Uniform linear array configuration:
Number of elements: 64
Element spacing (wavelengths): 1
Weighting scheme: blackman
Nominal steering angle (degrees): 15
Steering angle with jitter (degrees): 13.651
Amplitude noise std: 0.05
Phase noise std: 0.05

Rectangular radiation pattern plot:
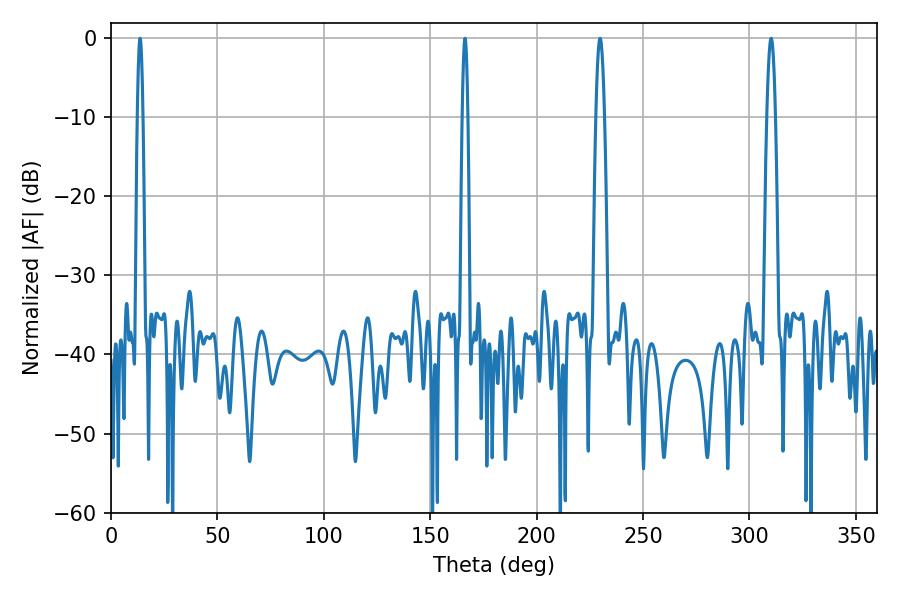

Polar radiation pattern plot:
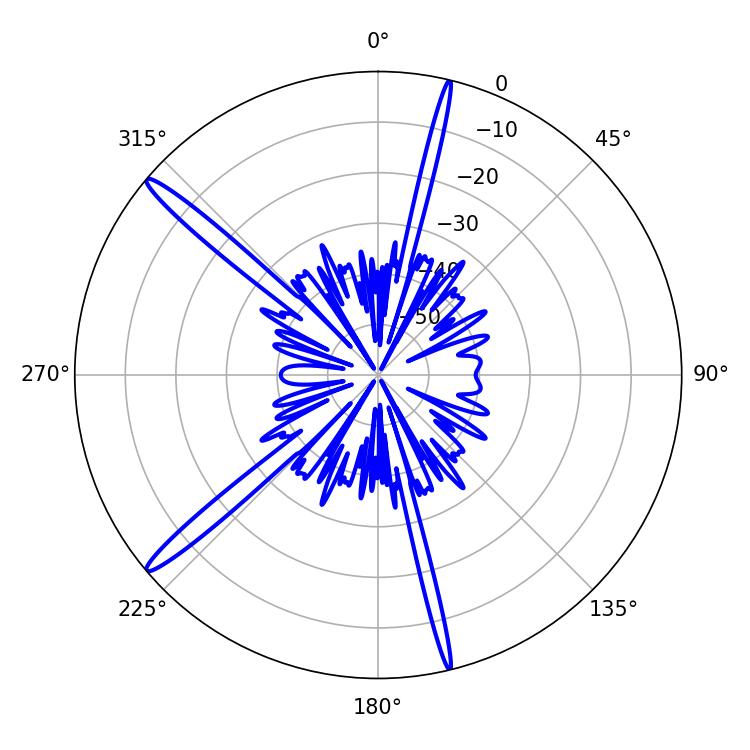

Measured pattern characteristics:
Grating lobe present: TRUE
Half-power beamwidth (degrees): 1.44
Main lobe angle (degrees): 166.32